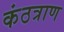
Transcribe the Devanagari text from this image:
कंठत्राण